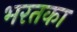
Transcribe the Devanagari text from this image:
भरतका